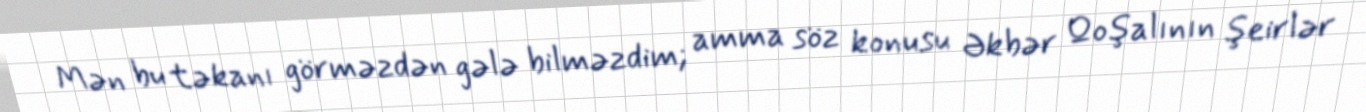
Mən bu təkanı görməzdən gələ bilməzdim; amma söz konusu Əkbər Qoşalının şeirlər